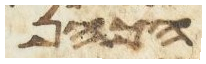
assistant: הכהן